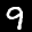
Label: 9